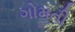
ગોમતી